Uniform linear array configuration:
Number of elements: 12
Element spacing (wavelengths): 0.5
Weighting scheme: cosine
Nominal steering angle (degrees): -45
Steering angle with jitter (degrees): -44.164
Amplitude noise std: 0.05
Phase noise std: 0.05

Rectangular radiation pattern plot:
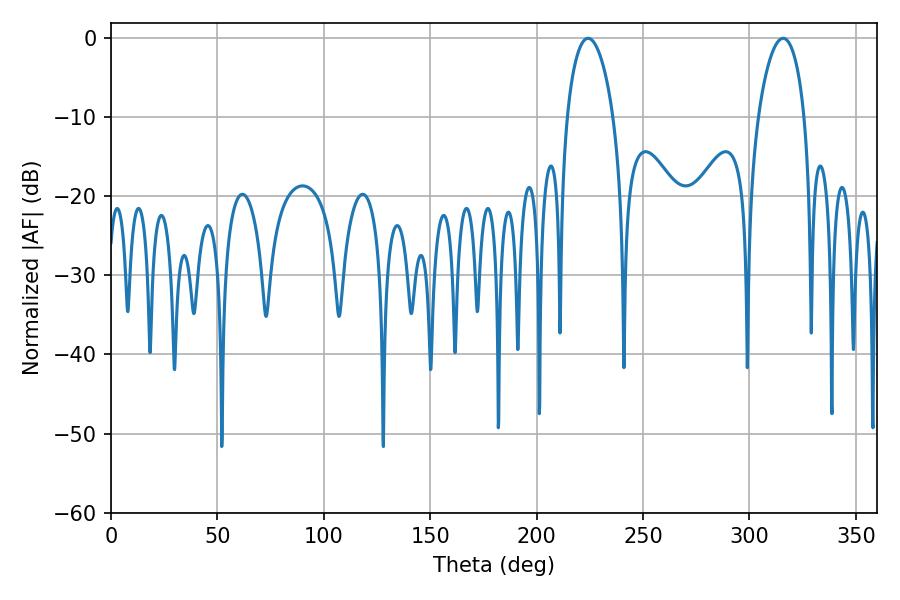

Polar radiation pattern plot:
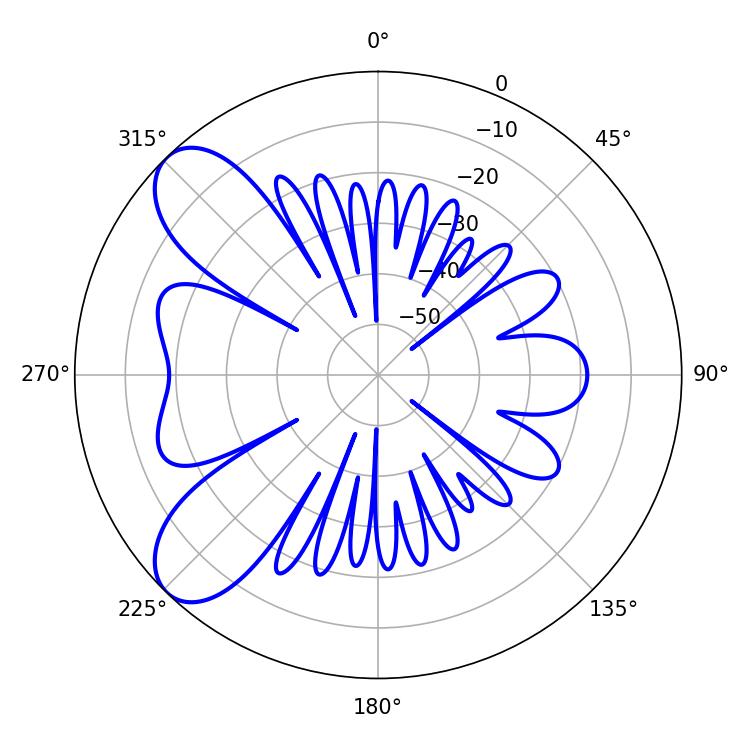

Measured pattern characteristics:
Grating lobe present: FALSE
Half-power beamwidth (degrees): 12.42
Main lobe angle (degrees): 224.1